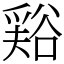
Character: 𧮾